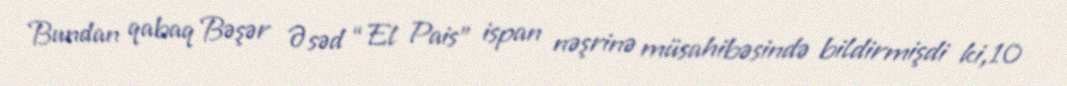
Bundan qabaq Bəşər Əsəd “El Pais” ispan nəşrinə müsahibəsində bildirmişdi ki,10